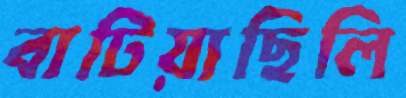
বাটিয়াছিলি